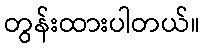
တွန်းထားပါတယ်။